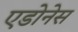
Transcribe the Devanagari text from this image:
एडोनेस